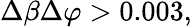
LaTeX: \Delta\beta\Delta\varphi>0.003,